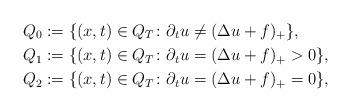
LaTeX: \begin{align*}Q_0&:=\{(x,t)\in Q_T \colon \partial_t u\neq (\Delta u+f)_+\},\\Q_1&:=\{(x,t)\in Q_T \colon \partial_t u= (\Delta u+f)_+>0\},\\Q_2&:=\{(x,t)\in Q_T \colon \partial_t u= (\Delta u+f)_+=0\},\end{align*}